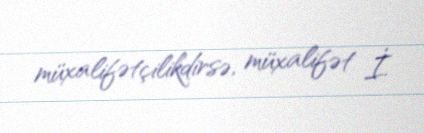
müxalifətçilikdirsə, müxalifət İ.